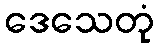
ဒေသေတုံ